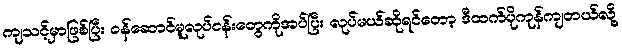
ကျသင့်မှာဖြစ်ပြီး ဝန်ဆောင်မူလုပ်ငန်းတွေကိုအပ်ပြီး လုပ်မယ်ဆိုရင်တော့ ဒီထက်ပိုကုန်ကျတယ်လို့